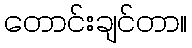
တောင်းချင်တာ။